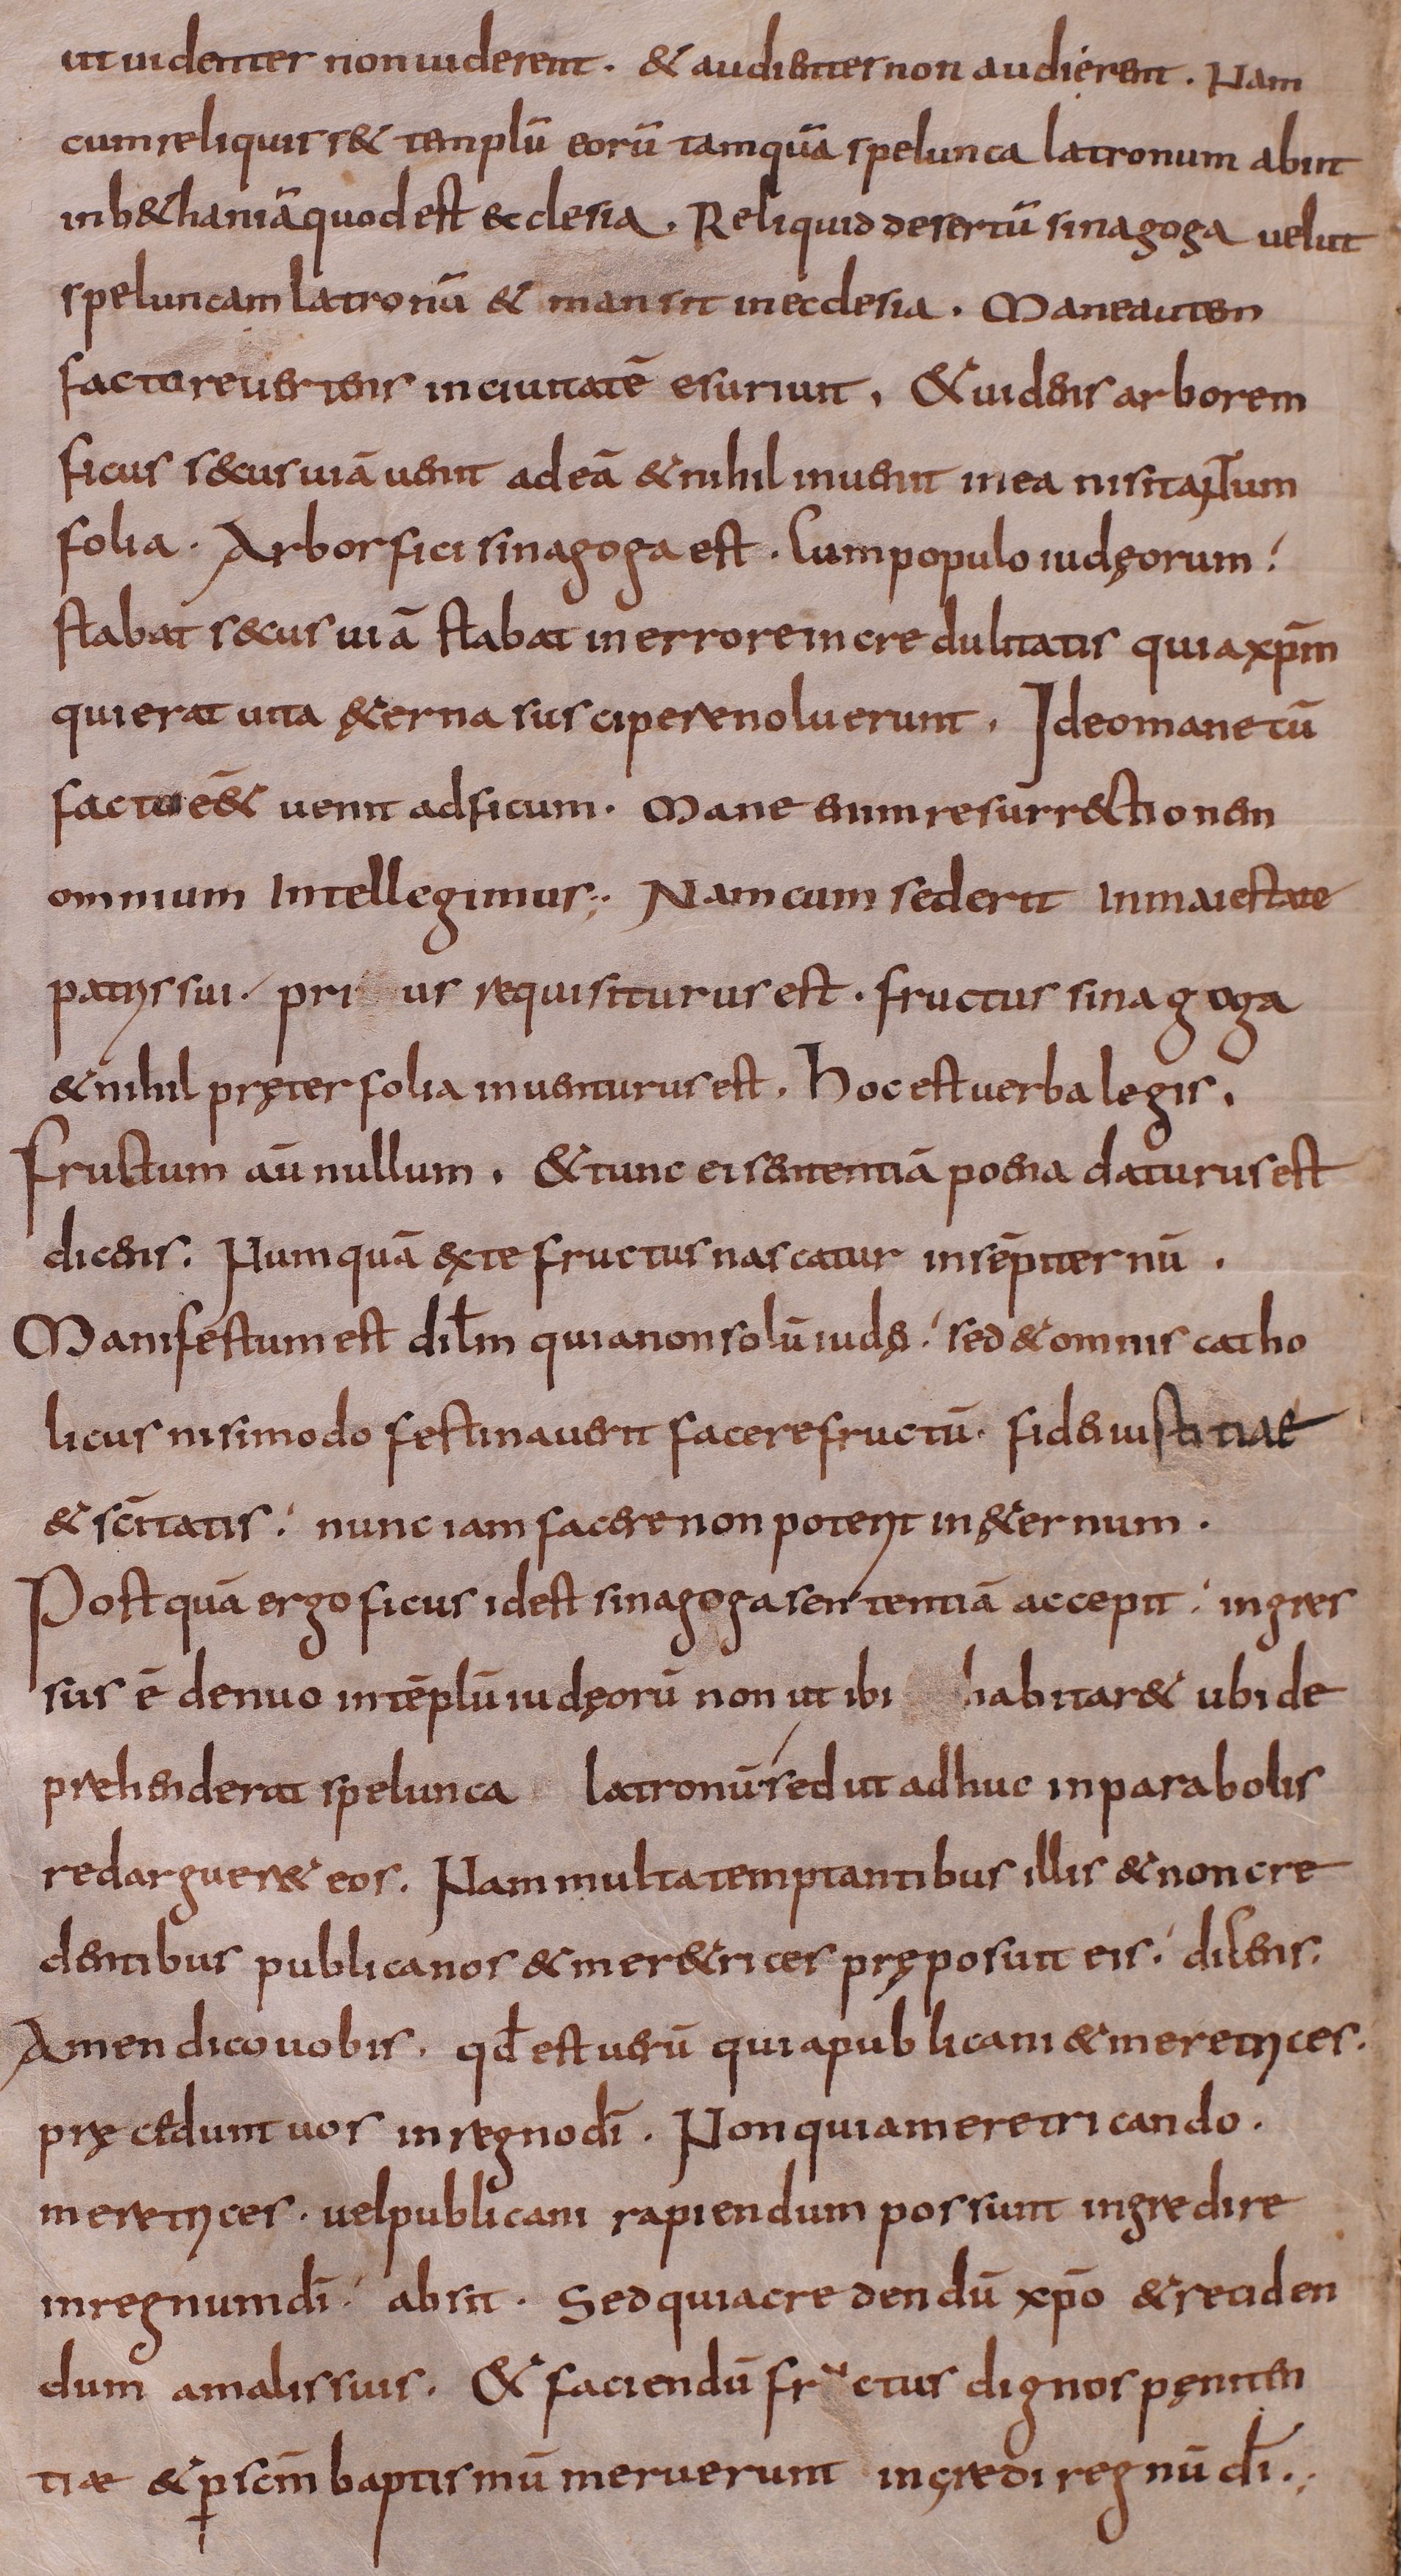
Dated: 800–849